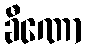
ခီဏော